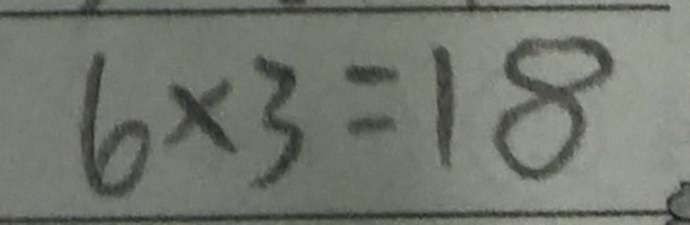
\overline { 6 \times 3 = 1 8 }